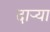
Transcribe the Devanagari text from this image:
दाऱ्या